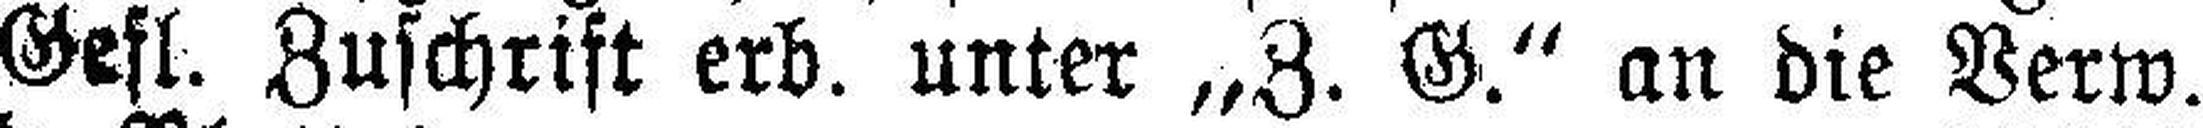
Gefl. Zuschrift erb. unter „Z. G.“ an die Verw.